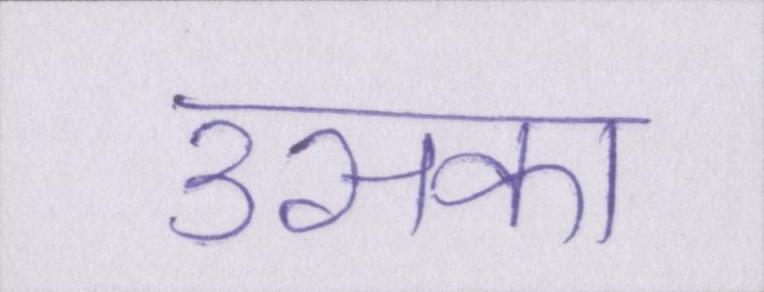
उसका